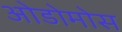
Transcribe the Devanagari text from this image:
ओडोमोस